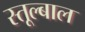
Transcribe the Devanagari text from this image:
स्तूल्बाल